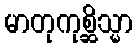
မာတုကုစ္ဆိသ္မာ